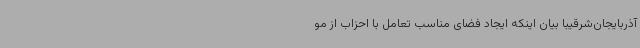
آذربایجان‌شرقیبا بیان اینکه ایجاد فضای مناسب تعامل با احزاب از مو